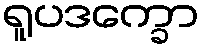
ရူပဒက္ခော